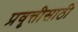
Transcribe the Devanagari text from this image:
प्रवृत्तीसाठी